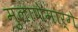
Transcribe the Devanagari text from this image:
मुलाणेमार्गे